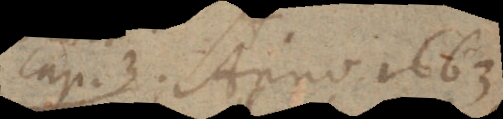
cap. 3. Anno 1663